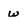
Character: w